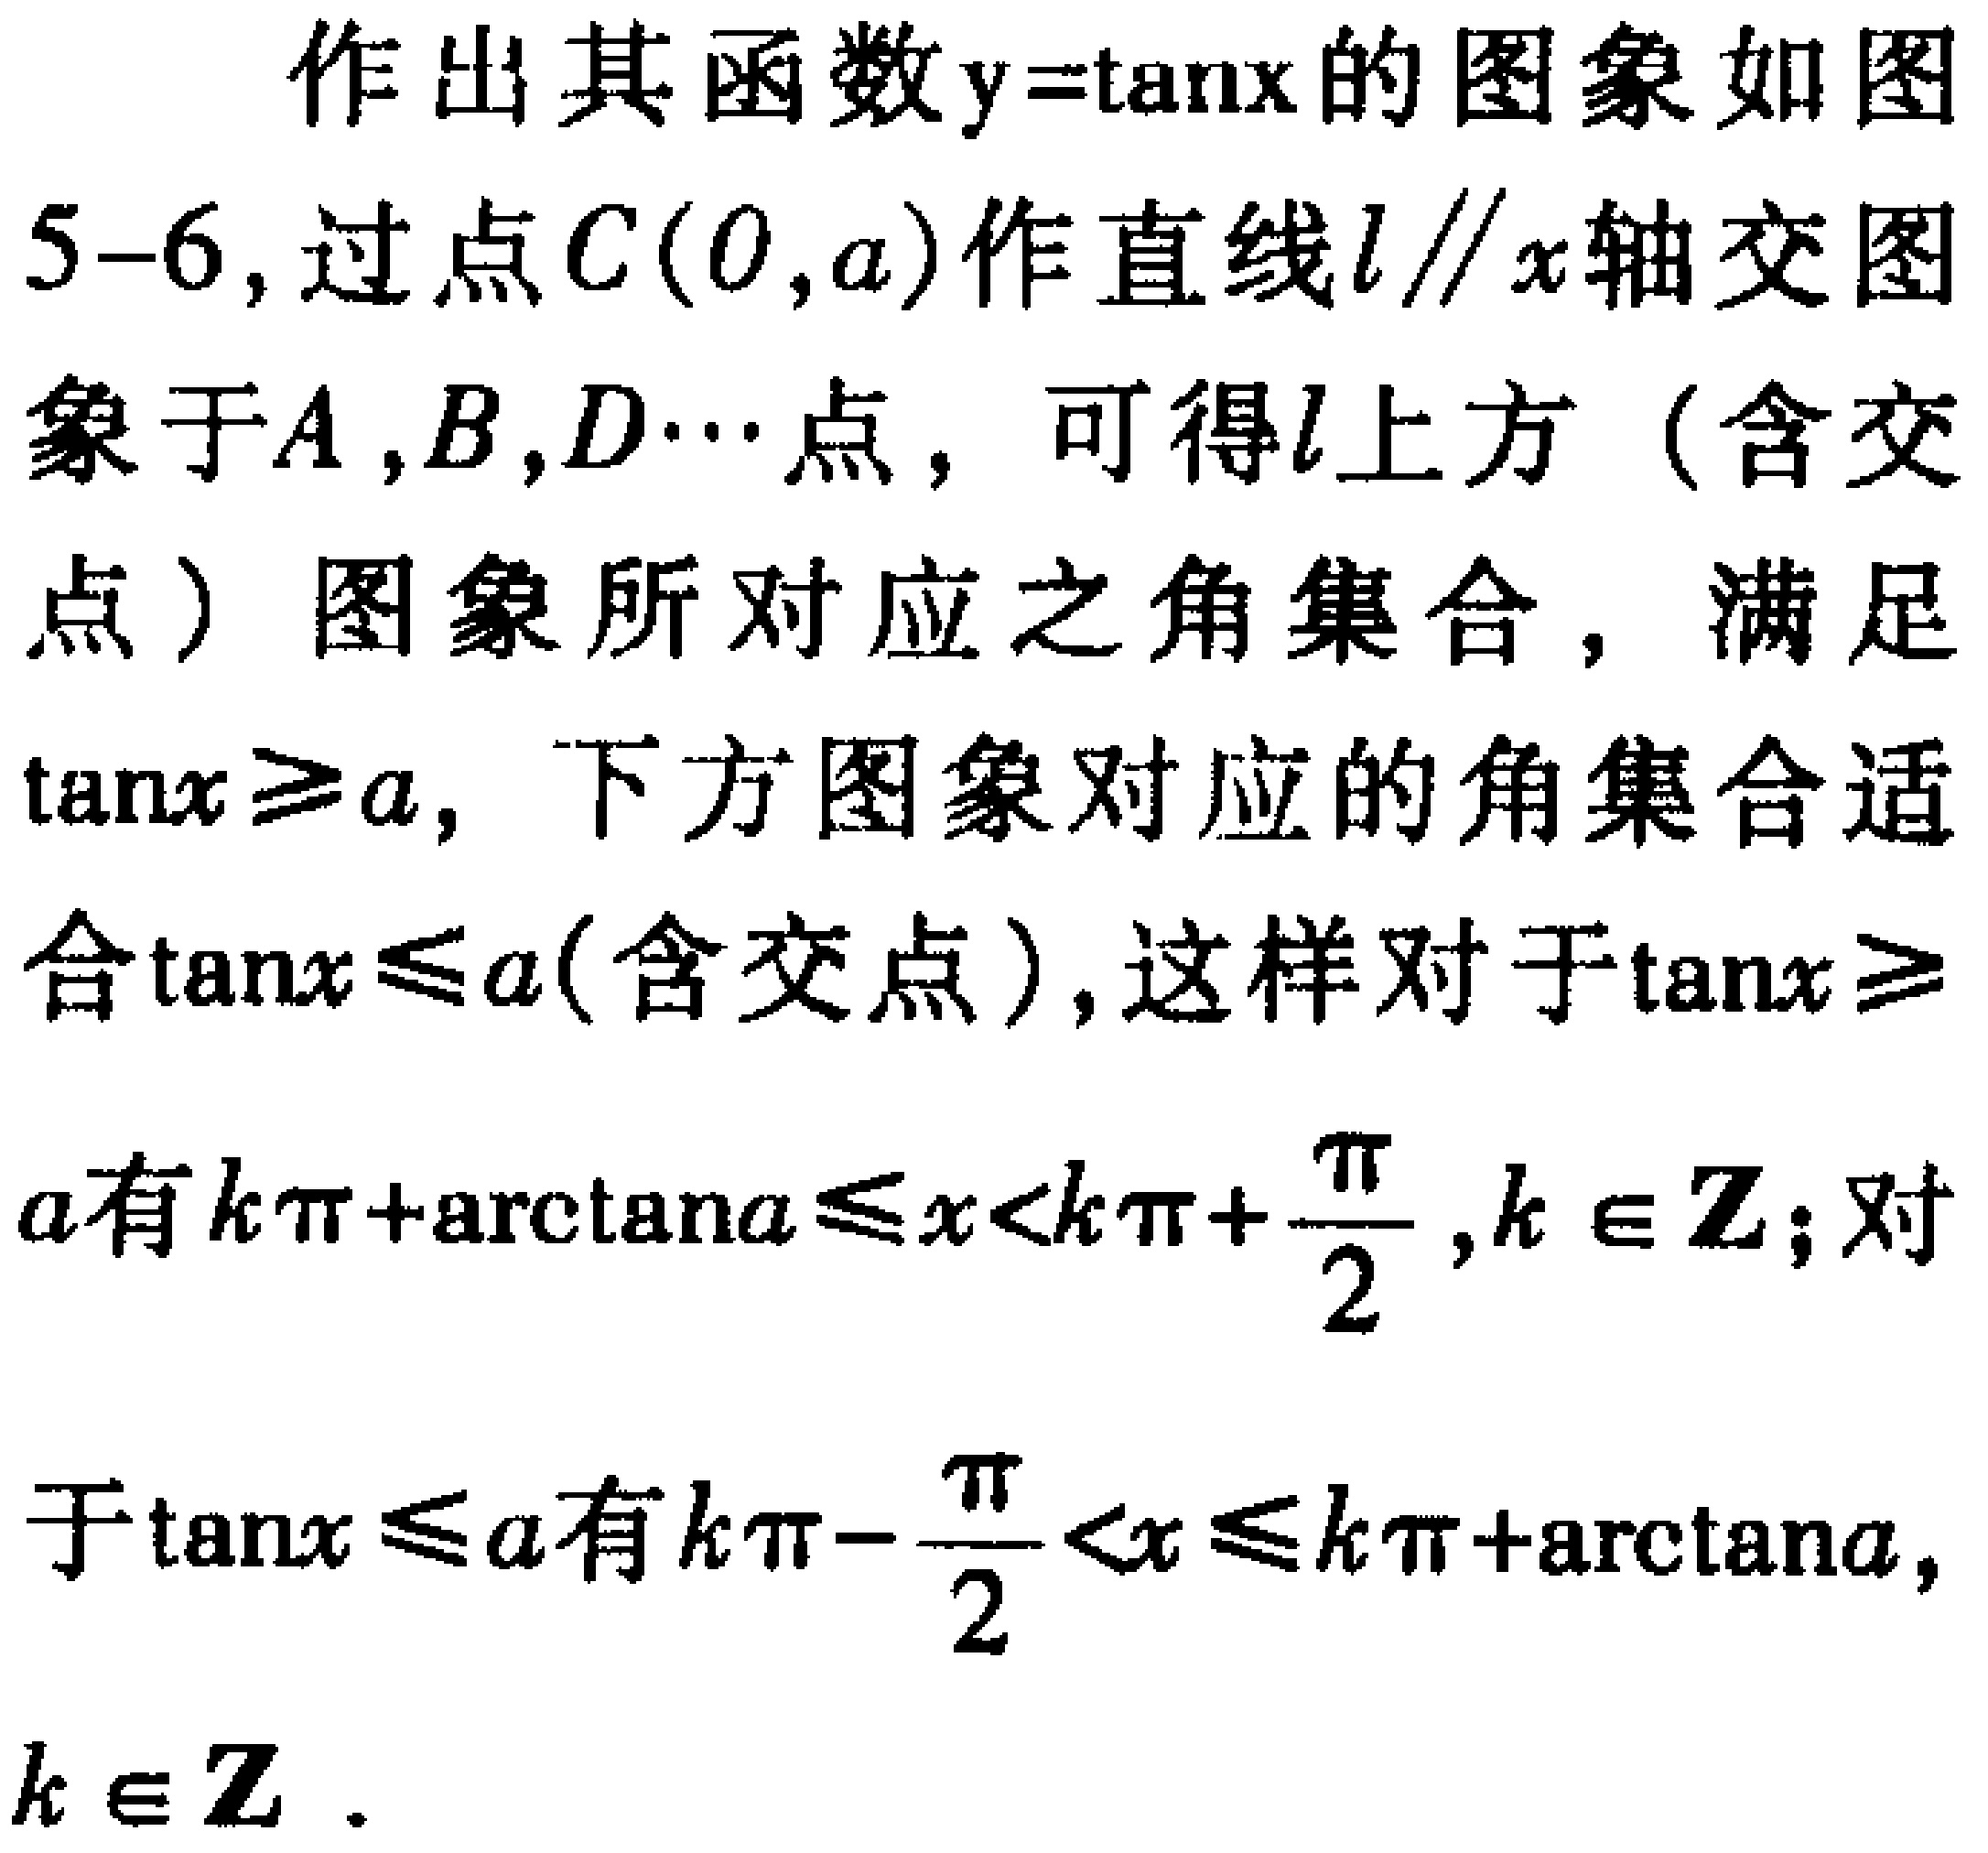
作出其函数\(y = \tan x\)的图象如图5 - 6，过点\(C(0,a)\)作直线\(l\parallel x\)轴交图象于\(A,B,D\cdots\)点，可得\(l\)上方（含交点）图象所对应之角集合，满足\(\tan x\geqslant a\)，下方图象对应的角集合适合\(\tan x\leqslant a\)(含交点)，这样对于\(\tan x\geqslant a\)有\(k\pi+\arctan a\leqslant x\lt k\pi+\frac{\pi}{2},k\in\mathbf{Z}\)；对于\(\tan x\leqslant a\)有\(k\pi - \frac{\pi}{2}\lt x\leqslant k\pi+\arctan a,k\in\mathbf{Z}\)．